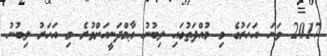
2017 ވަނަ އަހަރުގެ މި މުއްދަތުގައި ލިބުނު ޢާމްދަނީއަށްވުރެ މި އަހަރު ލިބުނު